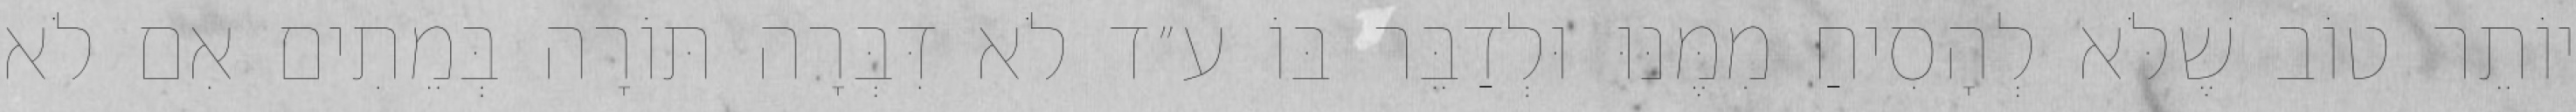
יוֹתֵר טוֹב שֶׁלֹּא לְהָסִיחַ מִמֶּנּוּ וּלְדַבֵּר בּוֹ ע״ד לֹא דִּבְּרָה תּוֹרָה בְּמֵתִים אִם לֹא